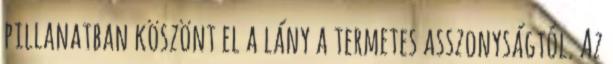
pillanatban köszönt el a lány a termetes asszonyságtól. Az